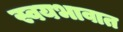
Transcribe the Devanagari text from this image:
स्वयभावात